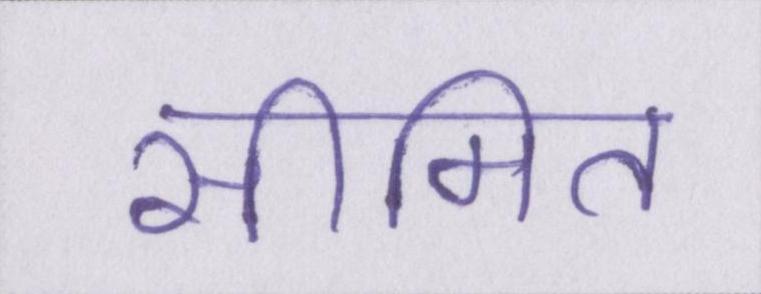
सीमित